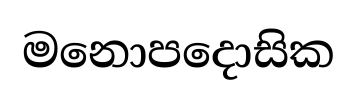
මනොපදොසික